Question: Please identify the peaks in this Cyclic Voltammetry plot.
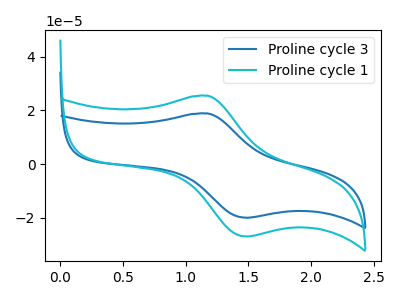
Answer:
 <answer>The blue curve "Proline cycle 3" has an anodic peak at (1.20V, 18.90uA) and a cathodic peak at (1.50V, -19.95uA). The cyan curve "Proline cycle 1" has an anodic peak at (1.20V, 25.50uA) and a cathodic peak at (1.50V, -27.00uA).</answer>
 <eval></eval>